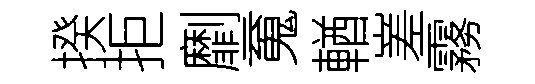
揆拒劘䰟輶嵳霧